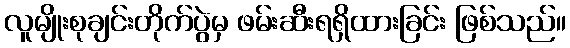
လူမျိုးစုချင်းတိုက်ပွဲမှ ဖမ်းဆီးရရှိထားခြင်း ဖြစ်သည်။